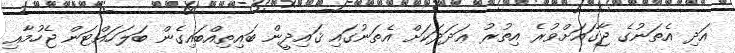
އަދި އެތަނުގެ ޖާގައަށްވުރެ އިތުރު ޢަދަދަކަށް އެތަނުގައި ޤައިދީން ބައިތިއްބައިގެން ބަލަހައްޓަން ޖެހުމާއި